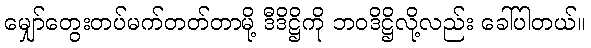
မျှော်တွေးတပ်မက်တတ်တာမို့ ဒီဒိဋ္ဌိကို ဘဝဒိဋ္ဌိလို့လည်း ခေါ်ပါတယ်။